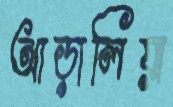
আড়ালিয়া